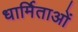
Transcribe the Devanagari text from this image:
धार्मिताओं